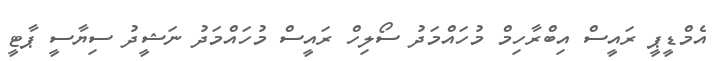
އެމްޑީޕީ ރައީސް އިބްރާހިމް މުހައްމަދު ސޯލިހް ރައީސް މުހައްމަދު ނަޝީދު ސިޔާސީ ޕާޓީ